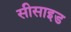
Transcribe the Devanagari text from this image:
सीसाइड